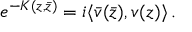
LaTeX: e ^ { - K ( z , \bar { z } ) } = i \langle \bar { v } ( \bar { z } ) , v ( z ) \rangle \, .